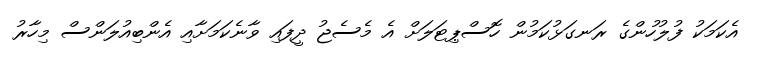
އެކަމަކު ފުލުހުންގެ ރަނގަޅުކަމުން ހޮސްޕިޓަލަށް އެ މެސެޖު ދީފައި ވާނެކަމަށާއި އެންބިއުލަންސް މިހާރު